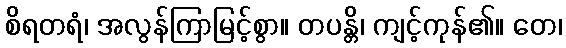
စိရတရံ၊ အလွန်ကြာမြင့်စွာ။ တပန္တိ၊ ကျင့်ကုန်၏။ တေ၊